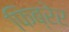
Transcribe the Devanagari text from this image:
फिब्रेर